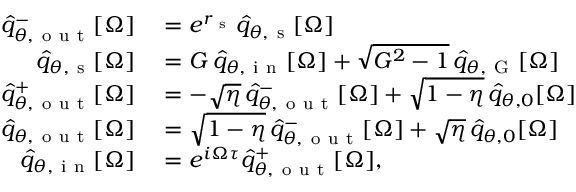
\begin{array} { r l } { \hat { q } _ { \theta , \mathrm { ~ o ~ u ~ t ~ } } ^ { - } [ \Omega ] } & { { } = e ^ { r _ { \mathrm { ~ s ~ } } } \hat { q } _ { \theta , \mathrm { ~ s ~ } } [ \Omega ] } \\ { \hat { q } _ { \theta , \mathrm { ~ s ~ } } [ \Omega ] } & { { } = G \, \hat { q } _ { \theta , \mathrm { ~ i ~ n ~ } } [ \Omega ] + \sqrt { G ^ { 2 } - 1 } \, \hat { q } _ { \theta , \mathrm { ~ G ~ } } [ \Omega ] } \\ { \hat { q } _ { \theta , \mathrm { ~ o ~ u ~ t ~ } } ^ { + } [ \Omega ] } & { { } = - \sqrt { \eta } \, \hat { q } _ { \theta , \mathrm { ~ o ~ u ~ t ~ } } ^ { - } [ \Omega ] + \sqrt { 1 - \eta } \, \hat { q } _ { \theta , 0 } [ \Omega ] } \\ { \hat { q } _ { \theta , \mathrm { ~ o ~ u ~ t ~ } } [ \Omega ] } & { { } = \sqrt { 1 - \eta } \, \hat { q } _ { \theta , \mathrm { ~ o ~ u ~ t ~ } } ^ { - } [ \Omega ] + \sqrt { \eta } \, \hat { q } _ { \theta , 0 } [ \Omega ] } \\ { \hat { q } _ { \theta , \mathrm { ~ i ~ n ~ } } [ \Omega ] } & { { } = e ^ { i \Omega \tau } \hat { q } _ { \theta , \mathrm { ~ o ~ u ~ t ~ } } ^ { + } [ \Omega ] , } \end{array}